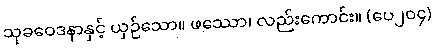
သုခဝေဒနာနှင့် ယှဉ်သော။ ဖဿော၊ လည်းကောင်း။ (ပေ၂၀၄)